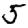
Digit: 5